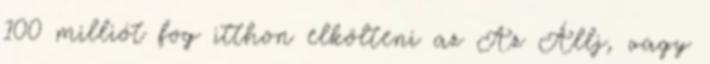
100 milliót fog itthon elkölteni az Az Állj, vagy